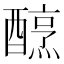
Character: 𨢶